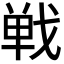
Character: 𢧐